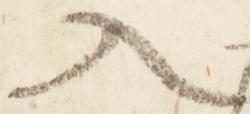
入